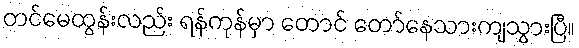
တင်မေထွန်းလည်း ရန်ကုန်မှာ တောင် တော်နေသားကျသွားပြီ။